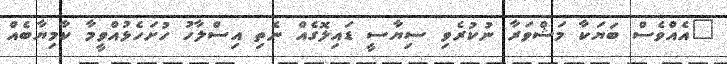
"އެއްވެސް ބަޔަކާ މަޝްވަރާ ނުކުރެވި ސިޔާސީ ޑައިލޮގެއް ނެތި އިސްލާހު ހުށަހެޅުއްވީމާ ކާމިޔާބެއް